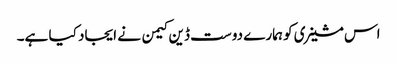
اس مشینری کو ہمارے دوست ڈین کیمن نے ایجاد کیا ہے۔